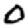
Digit: 0